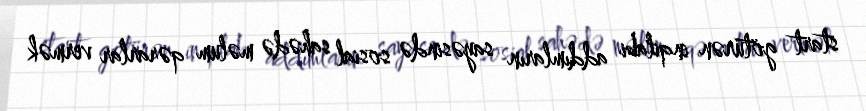
start götürən inqilabi addımların sayəsində sosial sahədə məlum qərarlar vermək